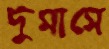
দুমাসে